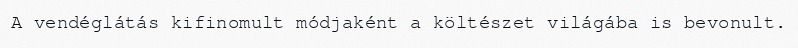
A vendéglátás kifinomult módjaként a költészet világába is bevonult.